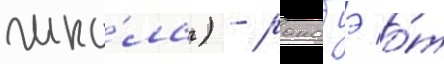
шко́ла) - ранобэ о́т